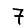
Digit: 7